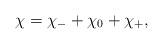
LaTeX: \begin{gather*}\chi=\chi_- + \chi_0 +\chi_+,\end{gather*}